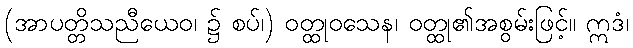
(အာပတ္တိသညီယေဝ၊ ၌ စပ်၊) ဝတ္ထုဝသေန၊ ဝတ္ထု၏အစွမ်းဖြင့်။ ဣဒံ၊